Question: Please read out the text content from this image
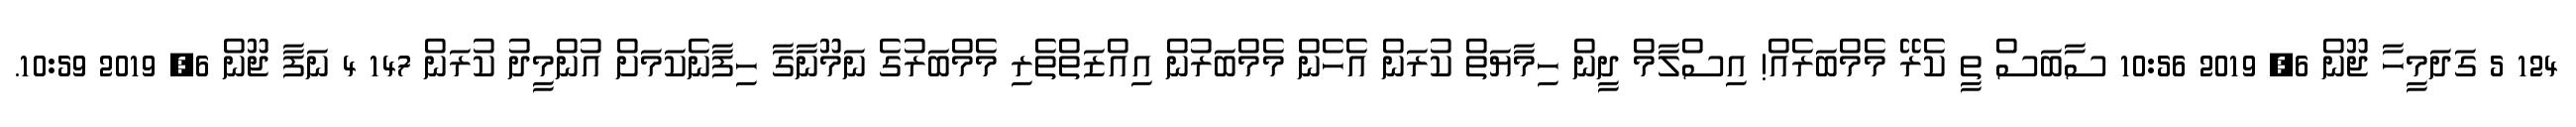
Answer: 124 5 ގަދަމީހާ ޖޫން 6, 2019 10:56 ސާބަސް ތީ ކެރޭ މެމްބަރެއް! އިސްލާމް ދީން ހިމާޔަތް ކުރަން އެހެން މެމްބަރުން އިއްޒަތްތެރި މެމްބަރުގެ ނަމޫނާގާ ހިފާނެކަމަށް އުންމީދު ކުރަން 147 4 ނަފާ ޖޫން 6, 2019 10:59.